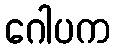
ဂေါပက